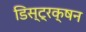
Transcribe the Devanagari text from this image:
डिस्ट्रक्षन